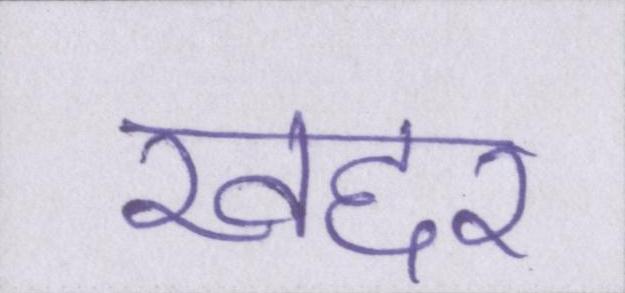
खद्दर